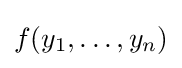
f(y_{1},\ldots ,y_{n})